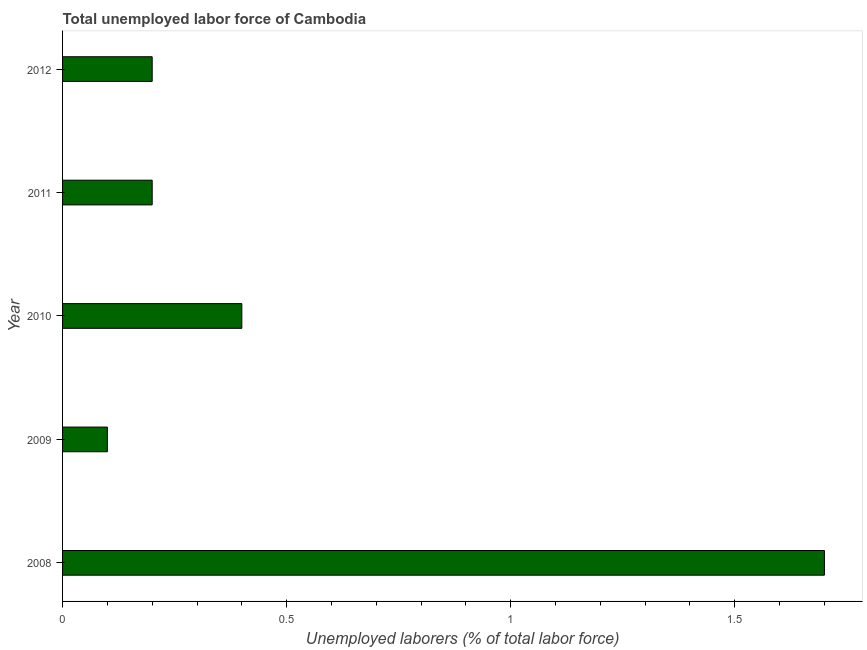
| Year | Unemployment total |
 | --- | --- |
 | 2008 | 1.7 |
 | 2009 | 0.1 |
 | 2010 | 0.4 |
 | 2011 | 0.2 |
 | 2012 | 0.2 |